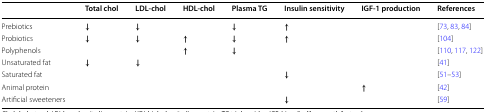
<table><thead><tr><td></td><td><b>Total chol</b></td><td><b>LDL-chol</b></td><td><b>HDL-chol</b></td><td><b>Plasma TG</b></td><td><b>Insulin sensitivity</b></td><td><b>IGF-1 production</b></td><td><b>References</b></td></tr></thead><tbody><tr><td>Prebiotics</td><td><b>↓</b></td><td><b>↓</b></td><td></td><td><b>↓</b></td><td><b>↑</b></td><td></td><td>[73, 83, 84]</td></tr><tr><td>Probiotics</td><td><b>↓</b></td><td><b>↓</b></td><td><b>↑</b></td><td><b>↓</b></td><td><b>↑</b></td><td></td><td>[104]</td></tr><tr><td>Polyphenols</td><td></td><td></td><td><b>↑</b></td><td><b>↓</b></td><td></td><td></td><td>[110, 117, 122]</td></tr><tr><td>Unsaturated fat</td><td><b>↓</b></td><td><b>↓</b></td><td></td><td></td><td></td><td></td><td>[41]</td></tr><tr><td>Saturated fat</td><td></td><td></td><td></td><td></td><td><b>↓</b></td><td></td><td>[51–53]</td></tr><tr><td>Animal protein</td><td></td><td></td><td></td><td></td><td></td><td><b>↑</b></td><td>[42]</td></tr><tr><td>Artificial sweeteners</td><td></td><td></td><td></td><td></td><td><b>↓</b></td><td></td><td>[59]</td></tr></tbody></table>